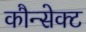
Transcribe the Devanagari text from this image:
कौन्सेक्ट